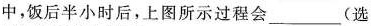
中，饭后半小时后，上图所示过程会___(选